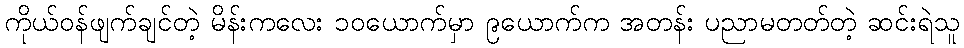
ကိုယ်ဝန်ဖျက်ချင်တဲ့ မိန်းကလေး ၁၀ယောက်မှာ ၉ယောက်က အတန်း ပညာမတတ်တဲ့ ဆင်းရဲသူ